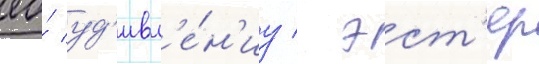
ео́ уд'ивл'е́н'иу / эст'ер